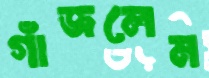
গাঁজলেম